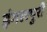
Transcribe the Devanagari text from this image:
इंगलपुरी